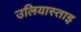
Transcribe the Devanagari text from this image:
उलियास्ताइ